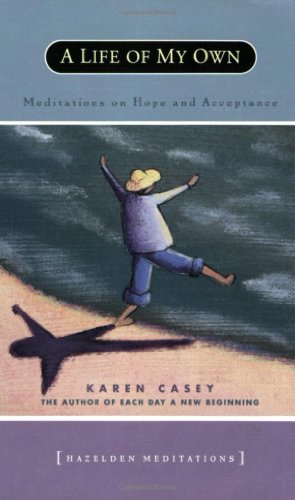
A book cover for A Life of My Own: Meditations on Hope and Acceptance; Karen Casey; Self-Help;